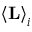
\left< \mathbf { L } \right> _ { i }